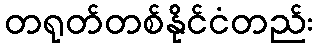
တရုတ်တစ်နိုင်ငံတည်း